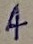
Text: 4